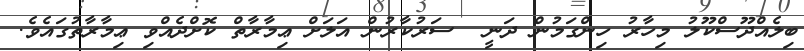
ބިލެއްދޫސްކޫލު މިހާރު ހިންގަމުން ދަނީ  ސަރުކާރުން އަލަށް ޢިމާރާތް ކޮށްދެއްވި ޢިމާރާތުގައެވެ.